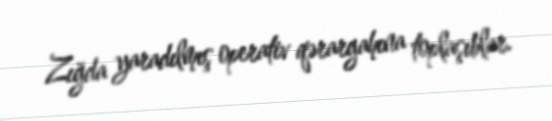
Zığda yaradılmış operativ qərargahına toplaşıblar.